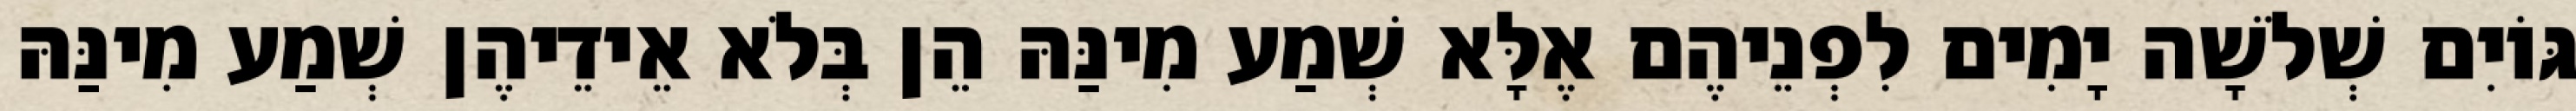
גּוֹיִם שְׁלֹשָׁה יָמִים לִפְנֵיהֶם אֶלָּא שְׁמַע מִינַּהּ הֵן בְּלֹא אֵידֵיהֶן שְׁמַע מִינַּהּ